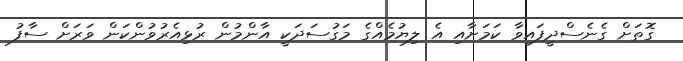
ގޮތަށް ގެނެސްދީފައިވާ ކަމަށާއި އެ ލިޔުމެއްގެ މަގުސަދަކީ އާންމުން ރުޅިއެރުވުންކަން ވަރަށް ސާފު